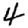
Digit: 4